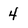
Character: 4